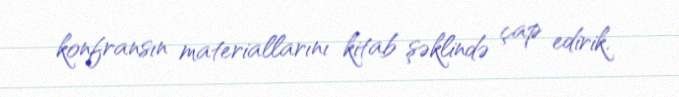
konfransın materiallarını kitab şəklində çap edirik.